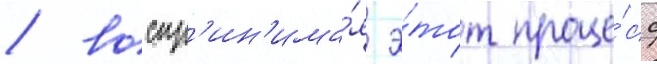
/ воспр'ин'има́я э́тот проце́сс